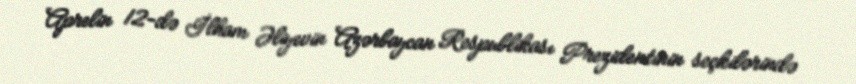
Aprelin 12-də İlham Əliyevin Azərbaycan Respublikası Prezidentinin seçkilərində